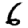
Digit: 6